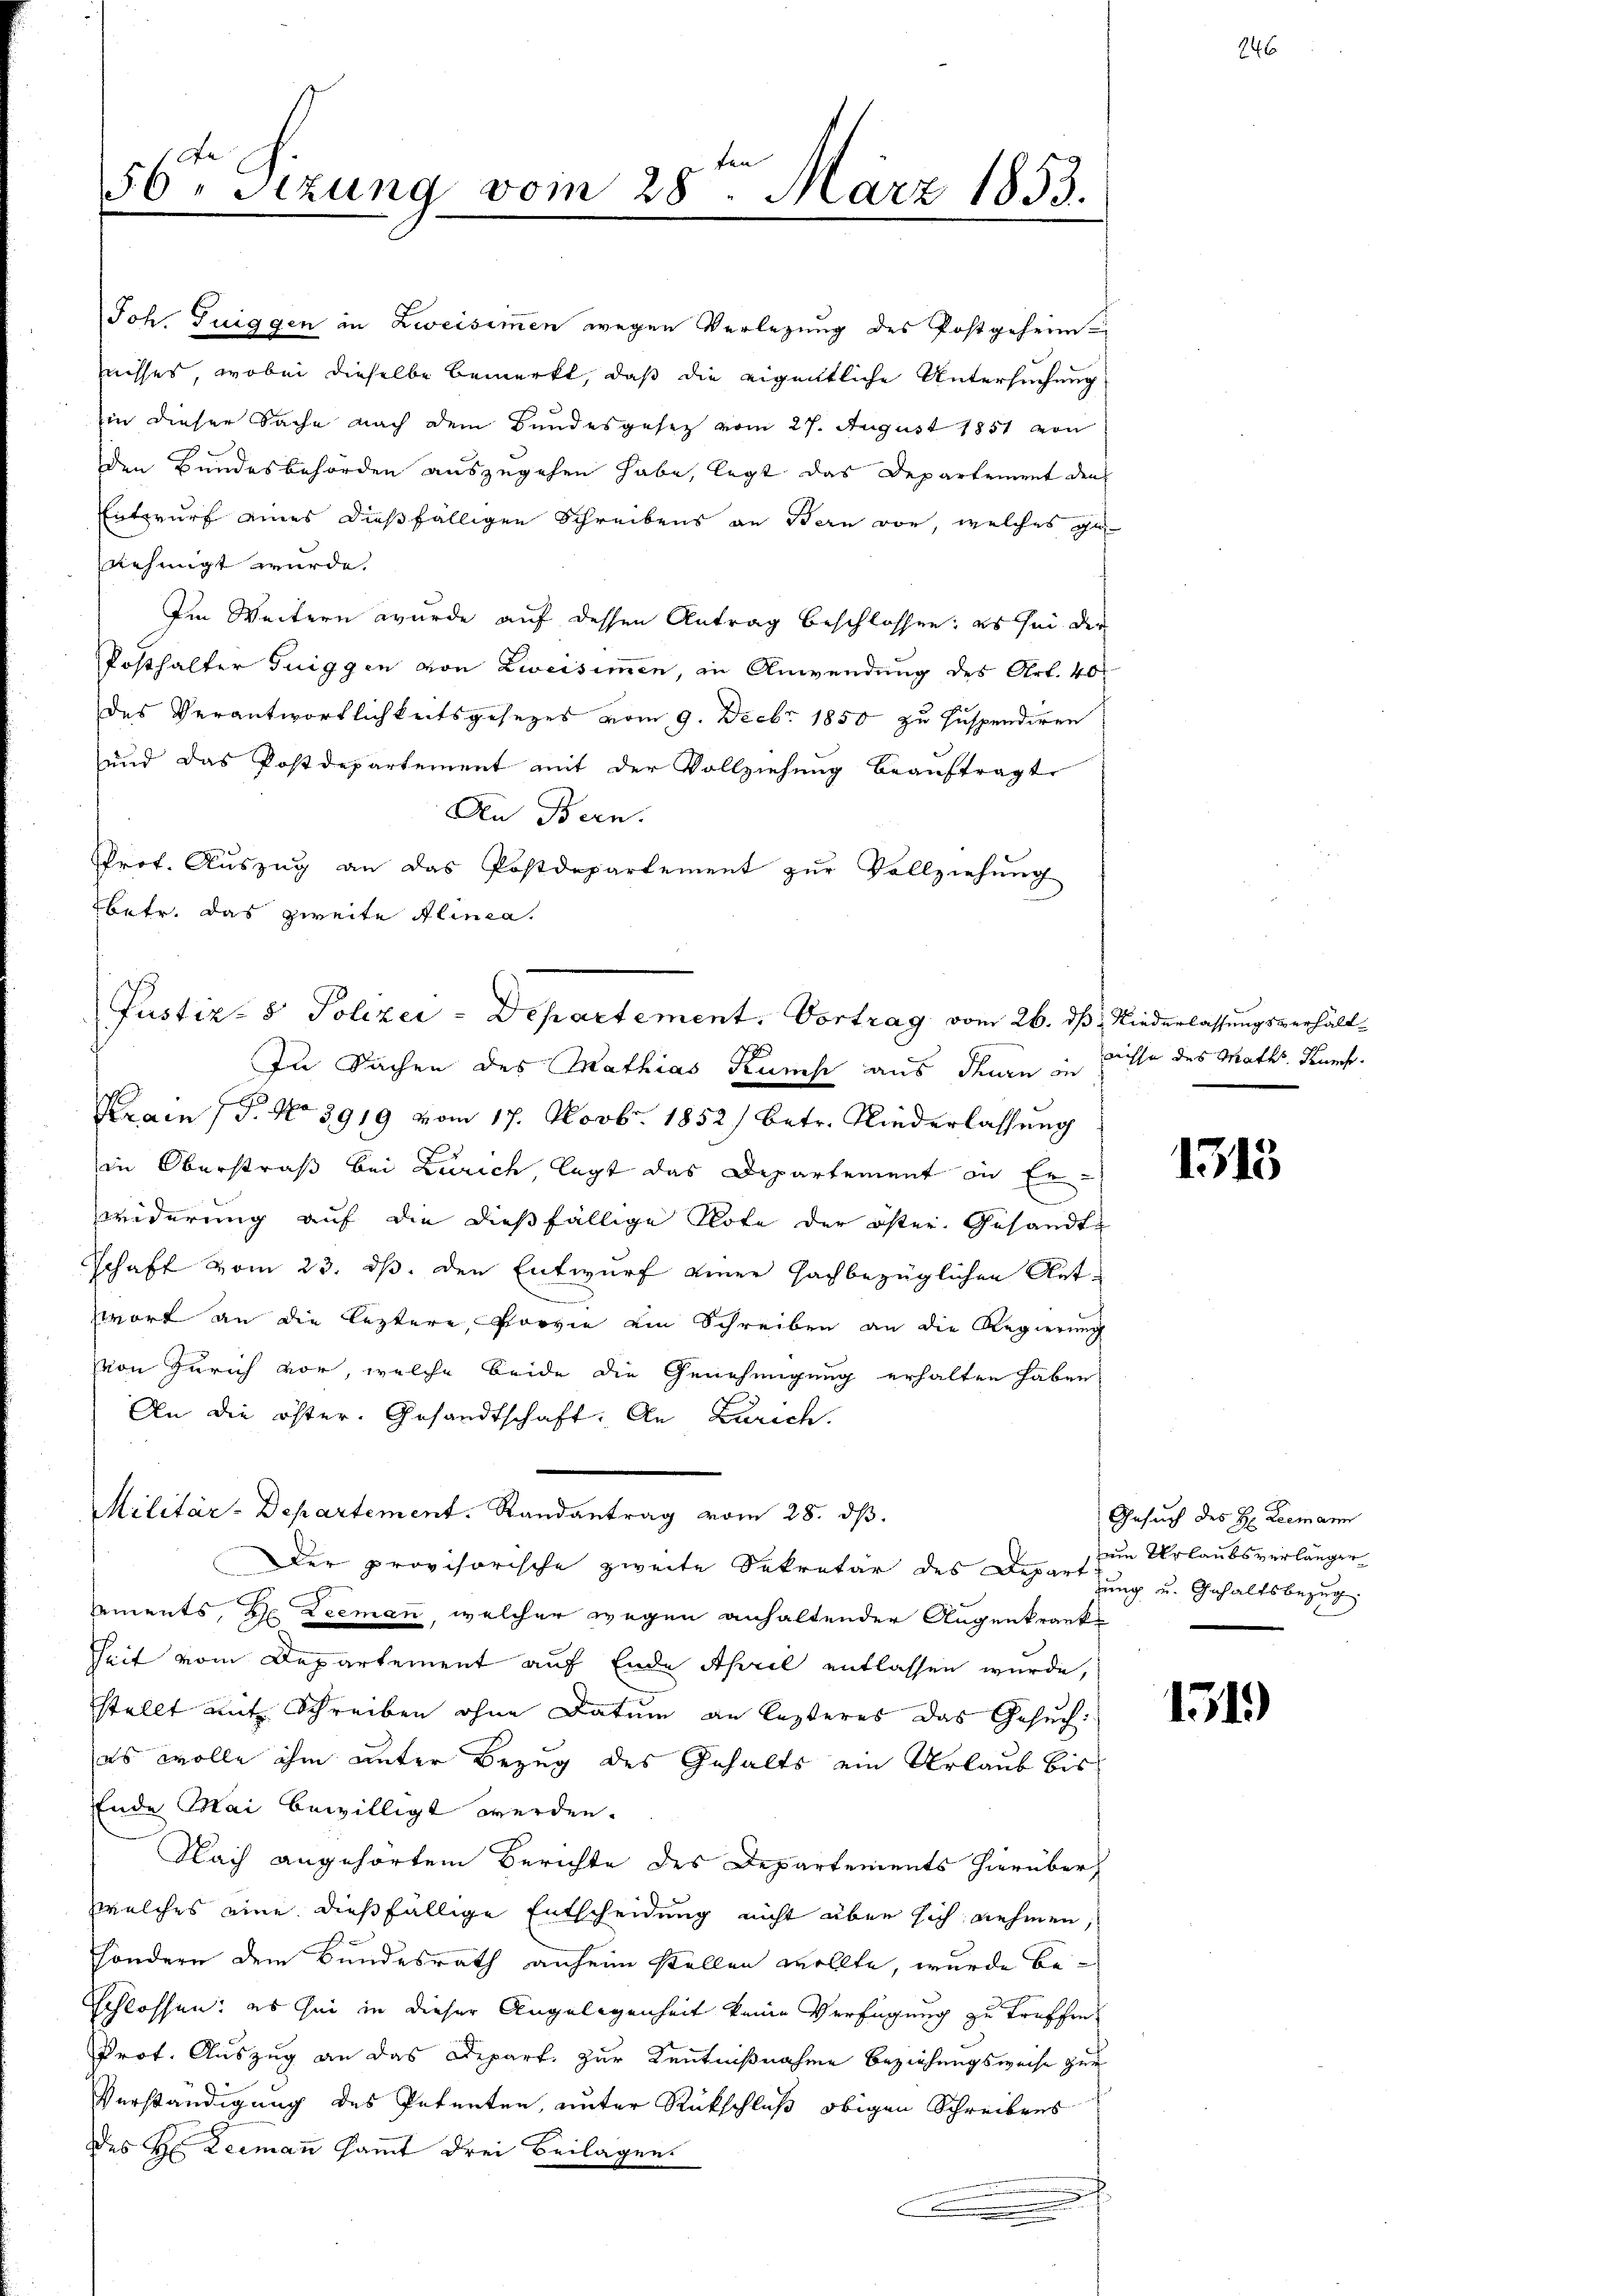
56ten Sizung vom 28ten März 1853.

Joh. Guiggen in Zweisimmen wegen Verlegung des Postgeheim
nisses, wobei dieselbe bemerkt, daß die eigentliche Untersuchung
in dieser Sache nach dem Bundesgesez vom 27. August 1851 von
den Bundesbehörden auszugehen habe, legt das Departement den
Entwurf eines dießfälligen Schreibens an Bern vor, welches genehmigt wurde.
Im Weitern wurde auf dessen Antrag beschlossen; es sei der
Posthalter Tuiggen von Zweisimmen, in Anwendung des Art. 40
des Verantwortlichkeitsgesezes vom 9. Decbr. 1850 zu suspendiren
und das Postdepartement mit der Vollziehung beauftragte
An Bern.
Prof. Auszug an das Postdepartement zŭr Vollziehŭng
betr. das zweite Alinea.
In Sachen des Mathias Kunst aus Thurn in Bille des Maths Kuns
Krain (T. No 3919 vom 17. Novbr. 1852) betr. Niederlassung
in Oberstraß bei Zürich legt das Departement in Erwiderung auf die dießfällige Note der öster. Gesandte
Schaft vom 23. ds. den Entwurf einer sachbezüglichen Antwort an die leztere, Porvie ein Schreiben an die Regierung
von Zürich vor, welche beide die Genehmigung erhalten haben
An die öster. Gesandtschaft. An Zürich.
Militär-Departement. Randantrag vom 28. dβ.
Der provisorische zweite Sekretär des Departung u. Gehaltsbezug
ements, die Leemann, welcher wegen anhaltender Augenkrank¬
Zeit vom Departement auf Ende April entlassen wurde,
stellt mit Schreiben ohne Datum an lezteres das Gesuch:
es wolle ihm unter Bezug des Gehalts ein Urlaub bis
Ende Mai bewilligt werden.
Nach angehörtem Berichte des Departements hierüber,
welches eine dießfällige Entscheidung nicht über sich nehmen,
sondern dem Bundesrath anheim stellen wollte, wurde beschlossen: es sei in dieser Angelegenheit keine Verfügung zu treffen.
Prot. Auszug an das Depart. zur Kenntnißnahme Beziehungsweise zur
Verständigung des Petenten, unter Rückschluß obigen Schreibens
des H. Leemann sammt drei Beilagen.
e

Justiz- & Polizei-Departement. Vortrag vom 26. dß. Niederlassungsverhält¬

1315

Gesuch des H: Leemann
ein Urlaubsverlänger

1519